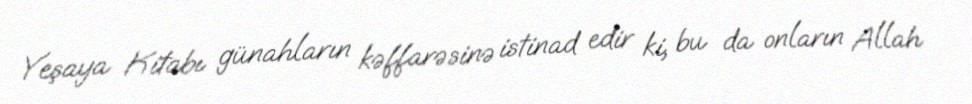
Yeşaya Kitabı günahların kəffarəsinə istinad edir ki, bu da onların Allah